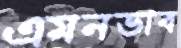
এমনভাব